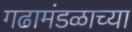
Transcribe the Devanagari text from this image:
गढामंडळाच्या